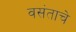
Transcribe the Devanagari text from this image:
वसंताचे